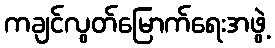
ကချင်လွတ်မြောက်ရေးအဖွဲ့